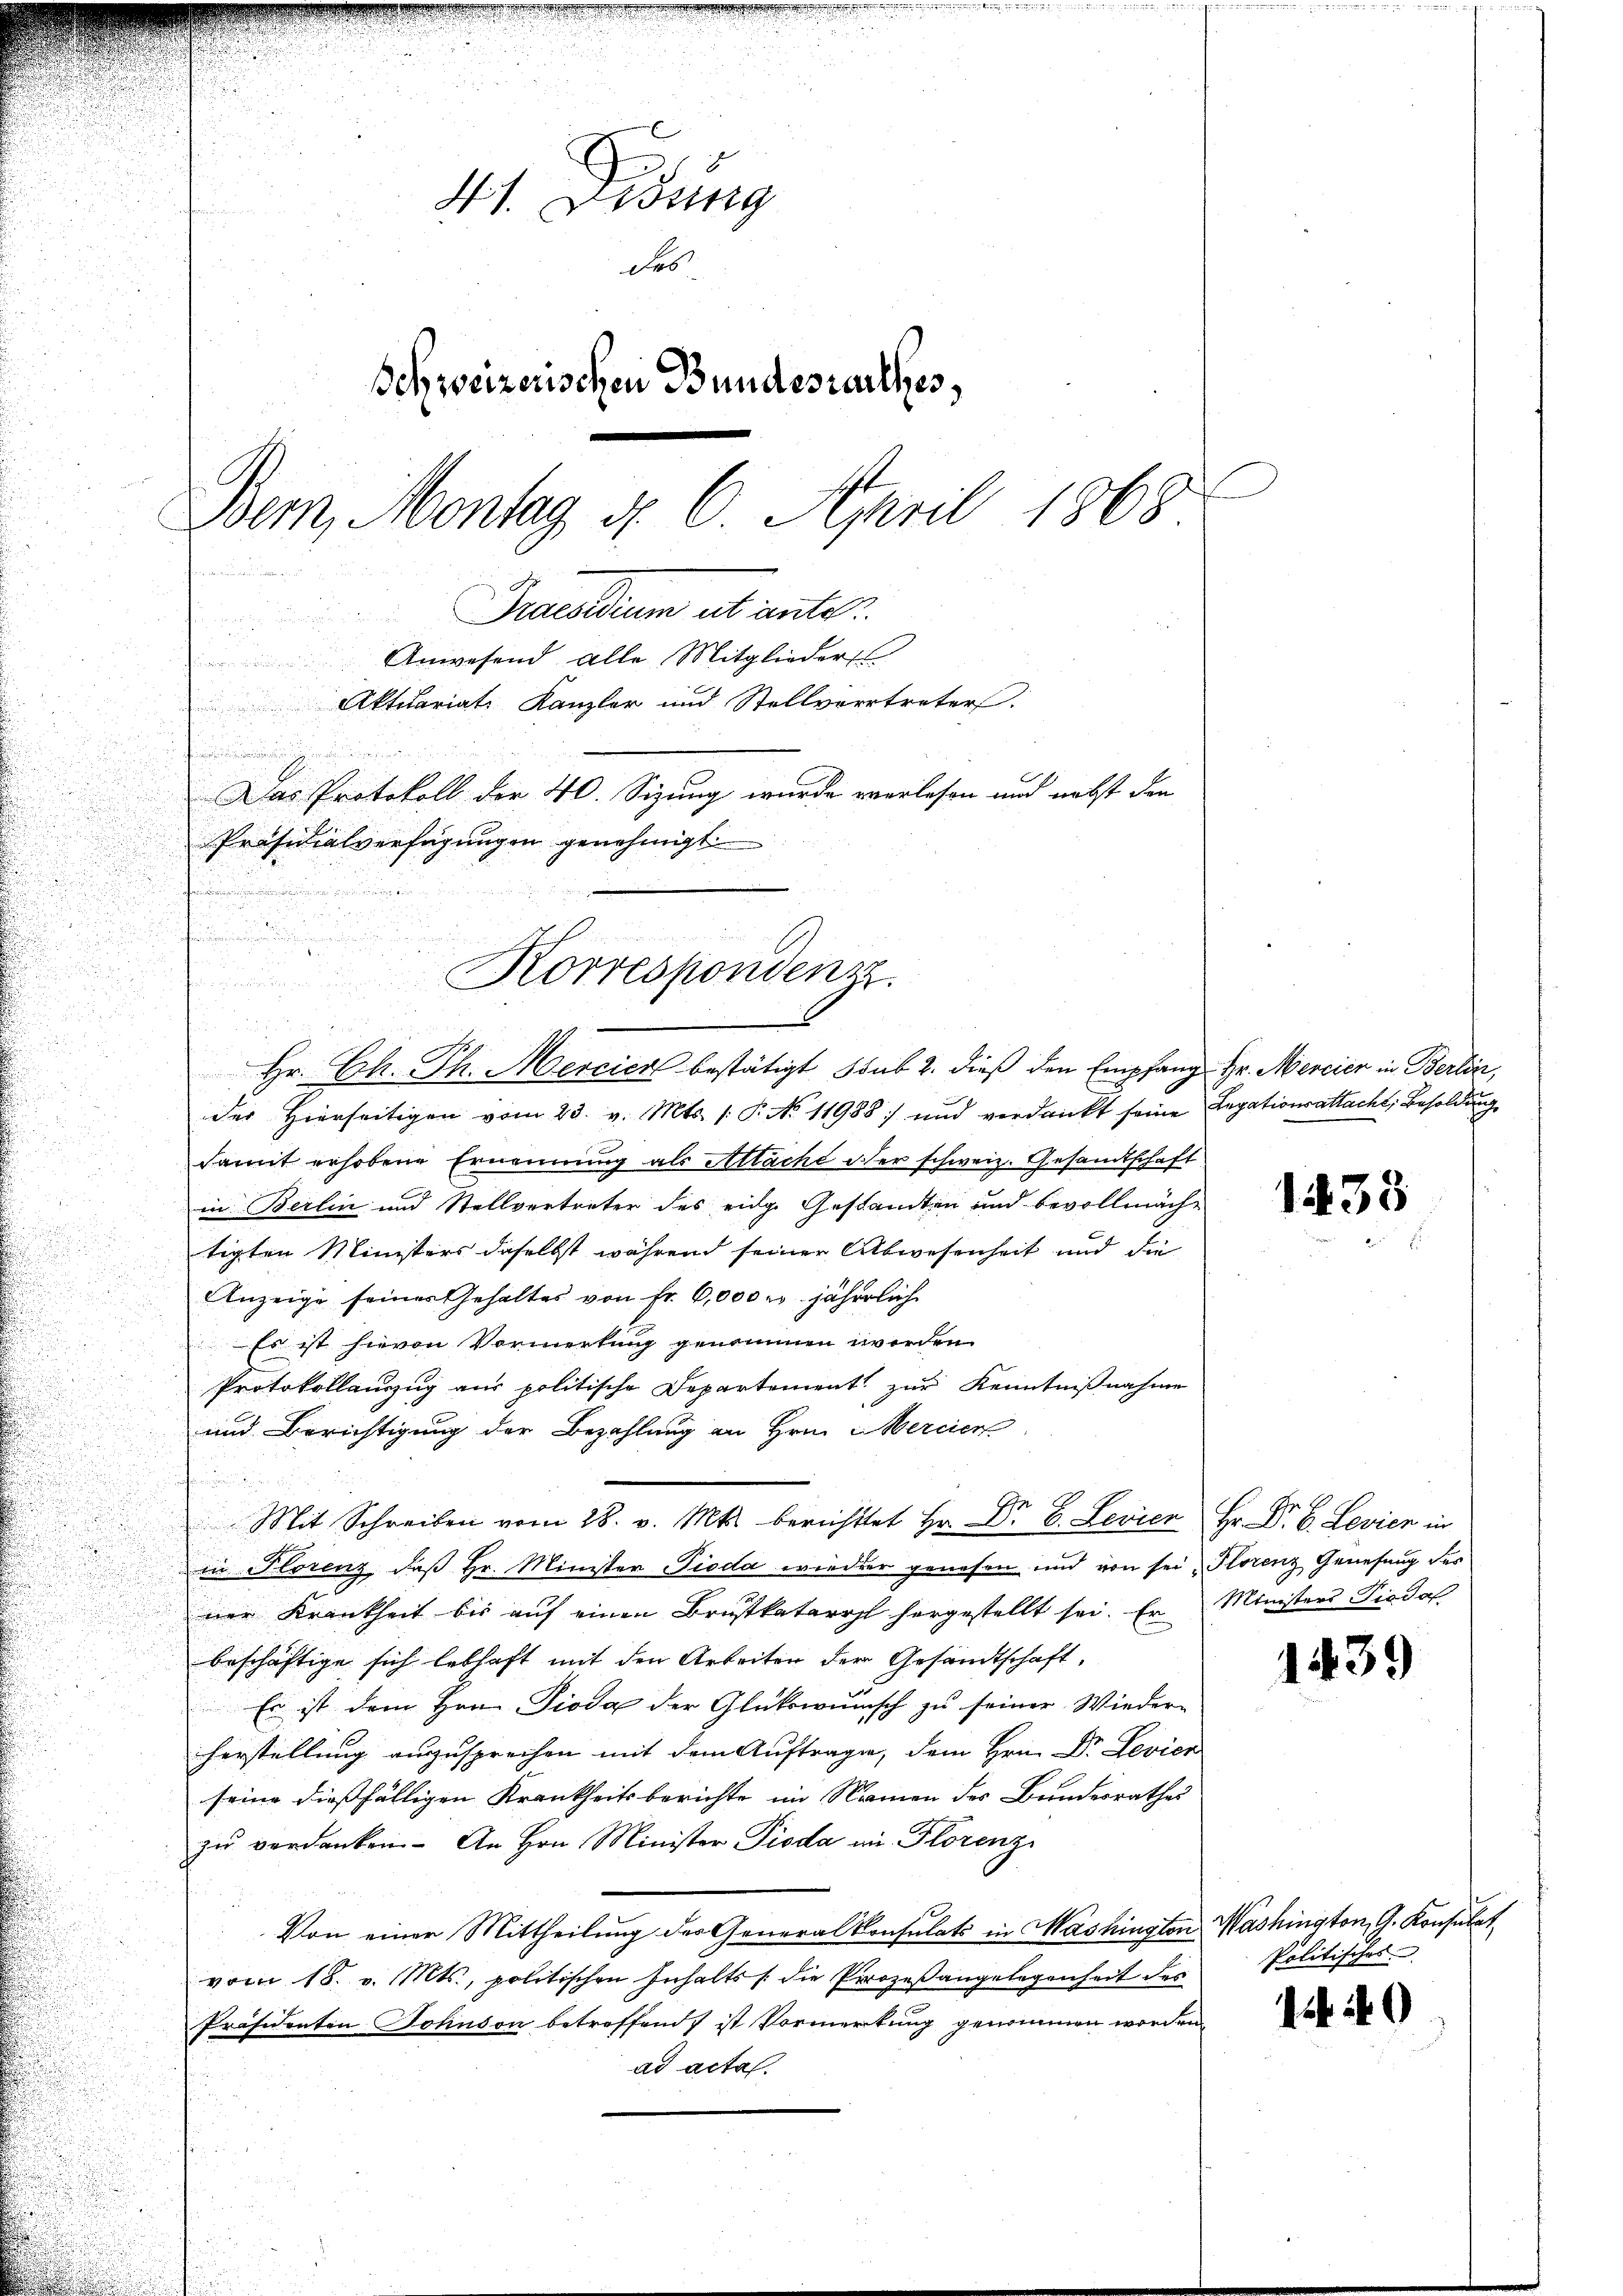
.

41. Lesung
des
Schweizerischen Bundesrathes,
Bem, Montag d. 6. April 1868
finanden
Fraendium ab ante
Anwesend alle Mitglieder
Aktuariats Kanzler und Stellvertreter
de
Das Protokoll der 40. Sizung wurde verlesen und nebst den
Präsidialverfügungen genehmigt.
a

der Hierseitigen vom 23. v. Mts. 1. P. No. 11988 und verdankt seine Legationsattacht, Besoldung
damit erhobene Ernennung als Aläche oder schweiz. Gesandtschaft
in Berlin und Stellvertreter des eidge Gestandten und bevollmächtigten Ministers daselbst während seiner Abwesenheit und die
Anzeige seiner Gehaltes von Fr. 6,000 u. jährlich
Es ist hievon Vormerkung genommen worden
Protokollanzug aus politische Departement zur Kenntnißnahme
und Berichtigung der Bezahlung an Hrn. Mercier
Mit Schreiben vom 28. v. Mts. berichttet Hr. Dr. B. Levier Hr. Dr. B. Levien in
in Florenz, daß Hr. Minister Pioda wieder genesen und von sei Florenz Genesung der
ner Krankheit bis auf einen Brustkatarrhl hergestellt sei. Er Ministers Die daf
beschäftige sich lebhaft mit den Arbeiten der Gesandtschaft,
Er ist dem Hrn. Pioda der Glückwunsch zu seiner Wieder-
herstellung auszusprechen mit dem Auftrage, dem Hrn. Dr Levier
seine dießfälligen Krankheitsberichte im Namen des Bundesrathes
zŭ verdanken. An Hrn. Minister Pioda in Florenz
Von einer Mittheilung der General Konsulats in Washington Washington, G. Konsulat
vom 18. v. Mts., politischen Inhalts die Prozeßangelegenheit des
Präsidenten Johnson betreffend ist Vormerkung genommen worden.
ad acta.

d
f

Korrespondenz
dur
2
Hr. Ch. Th. Mercier bestätigt, sub. 2. dieß den Empfang Hr. Mercier in Berlin,

38

1439

Politisches

49